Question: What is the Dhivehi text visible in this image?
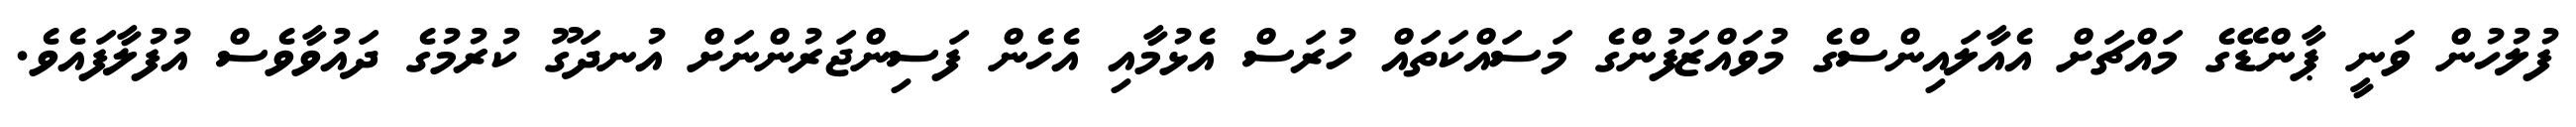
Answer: ފުލުހުން ވަނީ ޕާންޑޭގެ މައްޗަށް އެއާލައިންސްގެ މުވައްޒަފުންގެ މަސައްކަތައް ހުރަސް އެޅުމާއި އެހެން ފަސިންޖަރުންނަށް އުނދަގޫ ކުރުމުގެ ދައުވާވެސް އުފުލާފައެވެ.